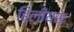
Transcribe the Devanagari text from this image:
हिलीयस